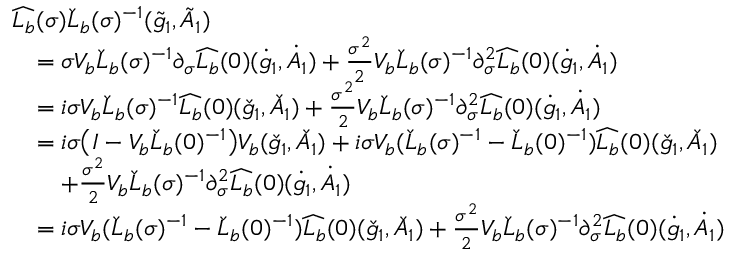
\begin{array} { r l } & { \widehat { L _ { b } } ( \sigma ) \check { L } _ { b } ( \sigma ) ^ { - 1 } ( \tilde { g } _ { 1 } , \tilde { A } _ { 1 } ) } \\ & { \quad = \sigma V _ { b } \check { L } _ { b } ( \sigma ) ^ { - 1 } \partial _ { \sigma } \widehat { L _ { b } } ( 0 ) ( \dot { g } _ { 1 } , \dot { A } _ { 1 } ) + \frac { \sigma ^ { 2 } } { 2 } V _ { b } \check { L } _ { b } ( \sigma ) ^ { - 1 } \partial _ { \sigma } ^ { 2 } \widehat { L _ { b } } ( 0 ) ( \dot { g } _ { 1 } , \dot { A } _ { 1 } ) } \\ & { \quad = i \sigma V _ { b } \check { L } _ { b } ( \sigma ) ^ { - 1 } \widehat { L _ { b } } ( 0 ) ( \check { g } _ { 1 } , \check { A } _ { 1 } ) + \frac { \sigma ^ { 2 } } { 2 } V _ { b } \check { L } _ { b } ( \sigma ) ^ { - 1 } \partial _ { \sigma } ^ { 2 } \widehat { L _ { b } } ( 0 ) ( \dot { g } _ { 1 } , \dot { A } _ { 1 } ) } \\ & { \quad = i \sigma \big ( I - V _ { b } \check { L } _ { b } ( 0 ) ^ { - 1 } \big ) V _ { b } ( \check { g } _ { 1 } , \check { A } _ { 1 } ) + i \sigma V _ { b } ( \check { L } _ { b } ( \sigma ) ^ { - 1 } - \check { L } _ { b } ( 0 ) ^ { - 1 } ) \widehat { L _ { b } } ( 0 ) ( \check { g } _ { 1 } , \check { A } _ { 1 } ) } \\ & { \quad \quad + \frac { \sigma ^ { 2 } } { 2 } V _ { b } \check { L } _ { b } ( \sigma ) ^ { - 1 } \partial _ { \sigma } ^ { 2 } \widehat { L _ { b } } ( 0 ) ( \dot { g } _ { 1 } , \dot { A } _ { 1 } ) } \\ & { \quad = i \sigma V _ { b } ( \check { L } _ { b } ( \sigma ) ^ { - 1 } - \check { L } _ { b } ( 0 ) ^ { - 1 } ) \widehat { L _ { b } } ( 0 ) ( \check { g } _ { 1 } , \check { A } _ { 1 } ) + \frac { \sigma ^ { 2 } } { 2 } V _ { b } \check { L } _ { b } ( \sigma ) ^ { - 1 } \partial _ { \sigma } ^ { 2 } \widehat { L _ { b } } ( 0 ) ( \dot { g } _ { 1 } , \dot { A } _ { 1 } ) } \end{array}